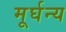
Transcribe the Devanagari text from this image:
मूर्घन्य